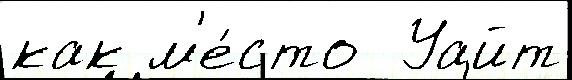
как м'е́сто  Уайт